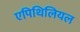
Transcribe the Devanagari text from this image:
एपिथिलियल